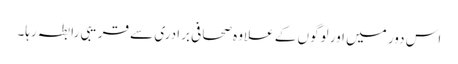
اس دور میں اور لوگوں کے علاوہ صحافی برادری سے قریبی رابطہ رہا۔